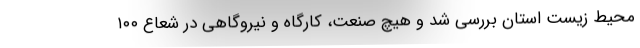
محیط زیست استان بررسی شد و هیچ صنعت، کارگاه و نیروگاهی در شعاع ۱۰۰